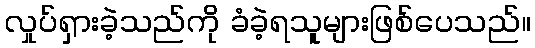
လှုပ်ရှားခဲ့သည်ကို ခံခဲ့ရသူများဖြစ်ပေသည်။